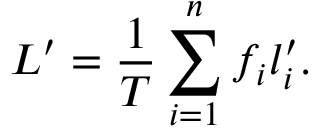
L ^ { \prime } = \frac { 1 } { T } \sum _ { i = 1 } ^ { n } f _ { i } l _ { i } ^ { \prime } .